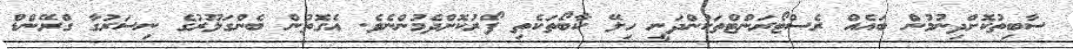
ސާބިތުކޮށްދިނުމުން ބައެއް ރެސްޓޯރަންޓްތަކުންދަނީ ހިލޭ ކާބޯތަކެތި ފޯރުކޮށްދެމުންނެވެ. އެގޮތުން ބެންގަލޫރުގެ ނިސަރުގާ ގްރޭންޑް